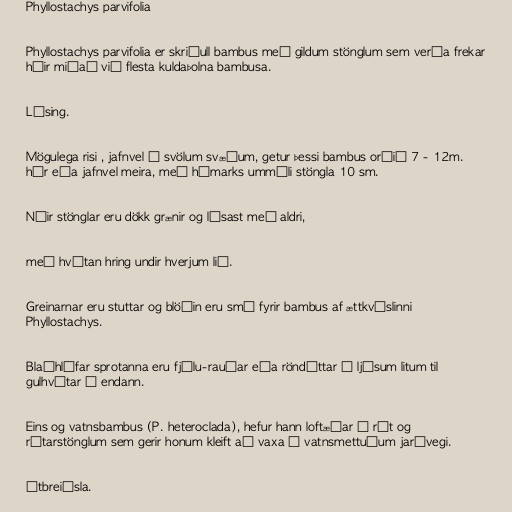
Phyllostachys parvifolia

Phyllostachys parvifolia er skriðull bambus með gildum stönglum sem verða frekar
háir miðað við flesta kuldaþolna bambusa.

Lýsing.

Mögulega risi , jafnvel á svölum svæðum, getur þessi bambus orðið 7 - 12m.
hár eða jafnvel meira, með hámarks ummáli stöngla 10 sm.

Nýir stönglar eru dökk grænir og lýsast með aldri,

með hvítan hring undir hverjum lið.

Greinarnar eru stuttar og blöðin eru smá fyrir bambus af ættkvíslinni
Phyllostachys.

Blaðhlífar sprotanna eru fjólu-rauðar eða röndóttar í ljósum litum til
gulhvítar í endann.

Eins og vatnsbambus (P. heteroclada), hefur hann loftæðar í rót og
rótarstönglum sem gerir honum kleift að vaxa í vatnsmettuðum jarðvegi.

Útbreiðsla.